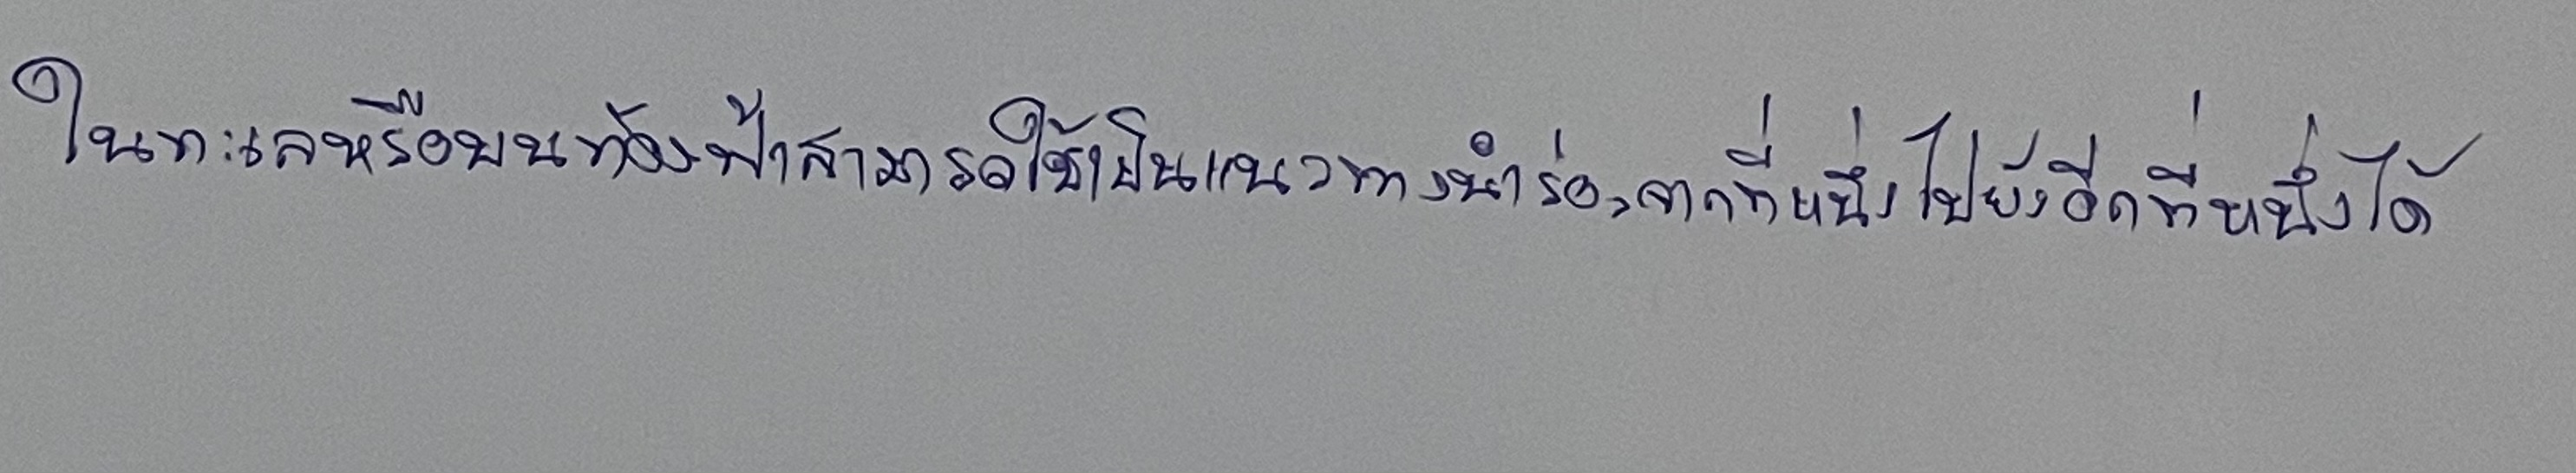
ในทะเลหรือบนท้องฟ้าสามารถใช้เป็นแนวทางนำร่องจากที่หนึ่งไปยังอีกที่หนึ่งได้